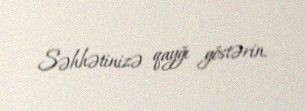
Səhhətinizə qayğı göstərin.